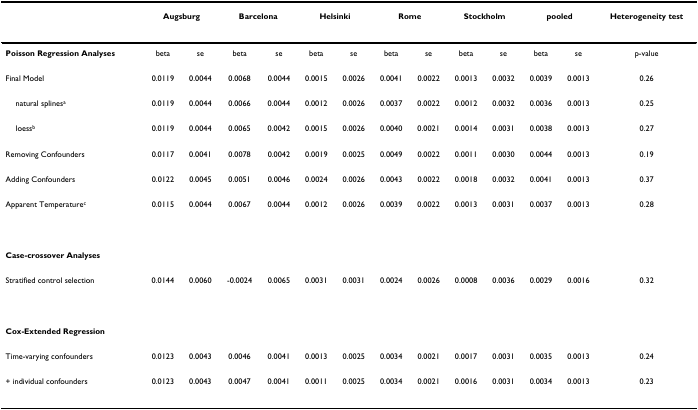
<table><thead><tr><td></td><td colspan="2"><b>Augsburg</b></td><td colspan="2"><b>Barcelona</b></td><td colspan="2"><b>Helsinki</b></td><td colspan="2"><b>Rome</b></td><td colspan="2"><b>Stockholm</b></td><td colspan="2"><b>pooled</b></td><td><b>Heterogeneity test</b></td></tr></thead><tbody><tr><td><b>Poisson Regression Analyses</b></td><td>beta</td><td>se</td><td>beta</td><td>se</td><td>beta</td><td>se</td><td>beta</td><td>se</td><td>beta</td><td>se</td><td>beta</td><td>se</td><td>p-value</td></tr><tr><td>Final Model</td><td>0.0119</td><td>0.0044</td><td>0.0068</td><td>0.0044</td><td>0.0015</td><td>0.0026</td><td>0.0041</td><td>0.0022</td><td>0.0013</td><td>0.0032</td><td>0.0039</td><td>0.0013</td><td>0.26</td></tr><tr><td> natural splines<sup>a</sup></td><td>0.0119</td><td>0.0044</td><td>0.0066</td><td>0.0044</td><td>0.0012</td><td>0.0026</td><td>0.0037</td><td>0.0022</td><td>0.0012</td><td>0.0032</td><td>0.0036</td><td>0.0013</td><td>0.25</td></tr><tr><td> loess<sup>b</sup></td><td>0.0119</td><td>0.0044</td><td>0.0065</td><td>0.0042</td><td>0.0015</td><td>0.0026</td><td>0.0040</td><td>0.0021</td><td>0.0014</td><td>0.0031</td><td>0.0038</td><td>0.0013</td><td>0.27</td></tr><tr><td>Removing Confounders</td><td>0.0117</td><td>0.0041</td><td>0.0078</td><td>0.0042</td><td>0.0019</td><td>0.0025</td><td>0.0049</td><td>0.0022</td><td>0.0011</td><td>0.0030</td><td>0.0044</td><td>0.0013</td><td>0.19</td></tr><tr><td>Adding Confounders</td><td>0.0122</td><td>0.0045</td><td>0.0051</td><td>0.0046</td><td>0.0024</td><td>0.0026</td><td>0.0043</td><td>0.0022</td><td>0.0018</td><td>0.0032</td><td>0.0041</td><td>0.0013</td><td>0.37</td></tr><tr><td>Apparent Temperature<sup>c</sup></td><td>0.0115</td><td>0.0044</td><td>0.0067</td><td>0.0044</td><td>0.0012</td><td>0.0026</td><td>0.0039</td><td>0.0022</td><td>0.0013</td><td>0.0031</td><td>0.0037</td><td>0.0013</td><td>0.28</td></tr><tr><td><b>Case-crossover Analyses</b></td><td></td><td></td><td></td><td></td><td></td><td></td><td></td><td></td><td></td><td></td><td></td><td></td><td></td></tr><tr><td>Stratified control selection</td><td>0.0144</td><td>0.0060</td><td>-0.0024</td><td>0.0065</td><td>0.0031</td><td>0.0031</td><td>0.0024</td><td>0.0026</td><td>0.0008</td><td>0.0036</td><td>0.0029</td><td>0.0016</td><td>0.32</td></tr><tr><td><b>Cox-Extended Regression</b></td><td></td><td></td><td></td><td></td><td></td><td></td><td></td><td></td><td></td><td></td><td></td><td></td><td></td></tr><tr><td>Time-varying confounders</td><td>0.0123</td><td>0.0043</td><td>0.0046</td><td>0.0041</td><td>0.0013</td><td>0.0025</td><td>0.0034</td><td>0.0021</td><td>0.0017</td><td>0.0031</td><td>0.0035</td><td>0.0013</td><td>0.24</td></tr><tr><td>+ individual confounders</td><td>0.0123</td><td>0.0043</td><td>0.0047</td><td>0.0041</td><td>0.0011</td><td>0.0025</td><td>0.0034</td><td>0.0021</td><td>0.0016</td><td>0.0031</td><td>0.0034</td><td>0.0013</td><td>0.23</td></tr></tbody></table>